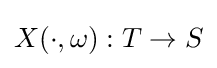
X(\cdot ,\omega ):T\rightarrow S